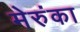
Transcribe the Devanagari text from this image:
मेरुंका